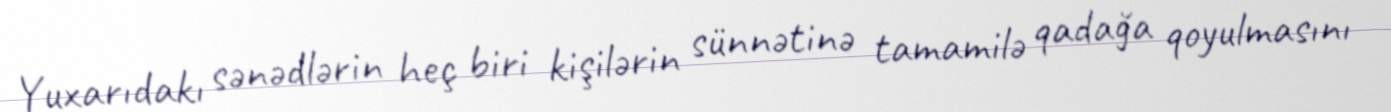
Yuxarıdakı sənədlərin heç biri kişilərin sünnətinə tamamilə qadağa qoyulmasını